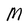
Character: M